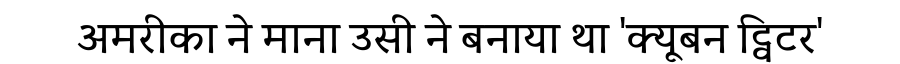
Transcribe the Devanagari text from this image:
अमरीका ने माना उसी ने बनाया था 'क्यूबन ट्विटर'